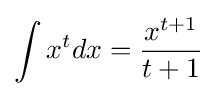
\int x^{t}dx={\frac {x^{t+1}}{t+1}}